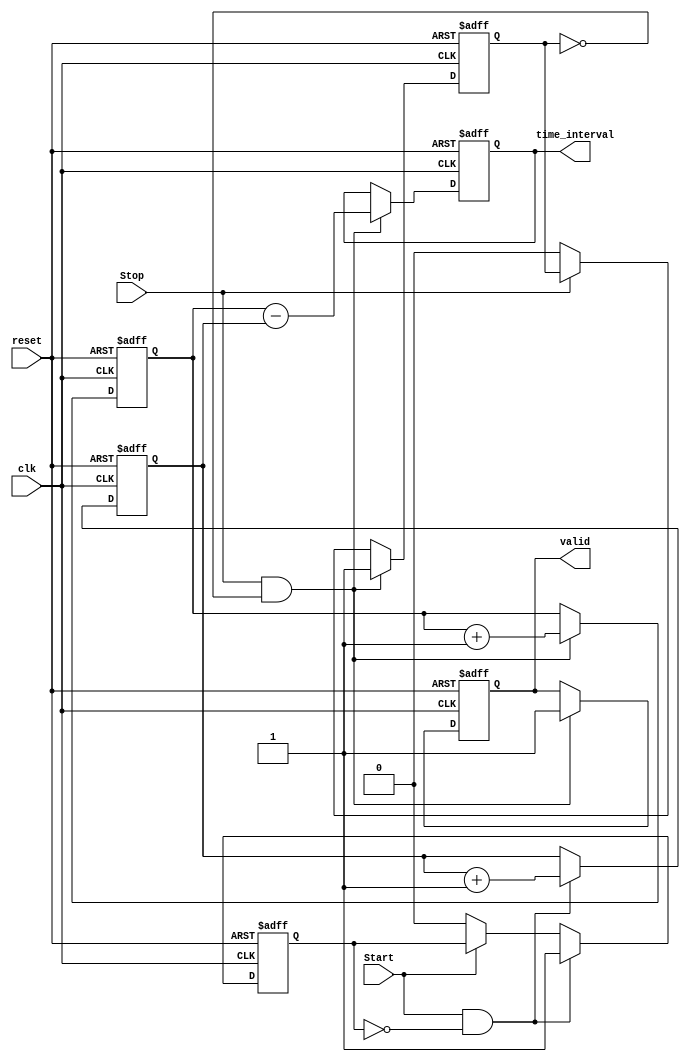
module TDC (
    input wire clk,          // Clock signal
    input wire reset,        // Reset signal
    input wire Start,        // Start signal
    input wire Stop,         // Stop signal
    output reg [31:0] time_interval, // Output time interval
    output reg valid         // Output valid signal
);

    reg [31:0] start_time;   // Register to store start timestamp
    reg [31:0] stop_time;    // Register to store stop timestamp
    reg start_detected;       // Flag for start event detection
    reg stop_detected;        // Flag for stop event detection

    // Edge detection for Start and Stop signals
    always @(posedge clk or posedge reset) begin
        if (reset) begin
            start_time <= 32'b0;
            stop_time <= 32'b0;
            time_interval <= 32'b0;
            valid <= 1'b0;
            start_detected <= 1'b0;
            stop_detected <= 1'b0;
        end else begin
            // Detect rising edge of Start signal
            if (Start && !start_detected) begin
                start_time <= start_time + 1; // Increment timestamp
                start_detected <= 1'b1;         // Set flag
            end else if (!Start) begin
                start_detected <= 1'b0;         // Reset flag
            end

            // Detect rising edge of Stop signal
            if (Stop && !stop_detected) begin
                stop_time <= stop_time + 1; // Increment timestamp
                stop_detected <= 1'b1;        // Set flag
                // Calculate time interval
                time_interval <= stop_time - start_time;
                valid <= 1'b1;                // Set valid output
            end else if (!Stop) begin
                stop_detected <= 1'b0;        // Reset flag
            end
        end
    end

endmodule